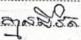
គ្មានជីវិត